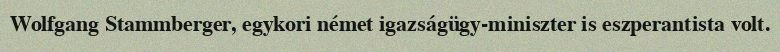
Wolfgang Stammberger, egykori német igazságügy-miniszter is eszperantista volt.